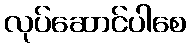
လုပ်ဆောင်ပါစေ